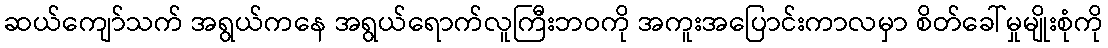
ဆယ်ကျော်သက် အရွယ်ကနေ အရွယ်ရောက်လူကြီးဘဝကို အကူးအပြောင်းကာလမှာ စိတ်ခေါ်မှုမျိုးစုံကို